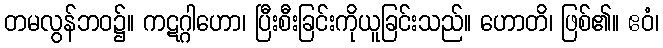
တမလွန်ဘဝ၌။ ကဋဂ္ဂါဟော၊ ပြီးစီးခြင်းကိုယူခြင်းသည်။ ဟောတိ၊ ဖြစ်၏။ ဧဝံ၊